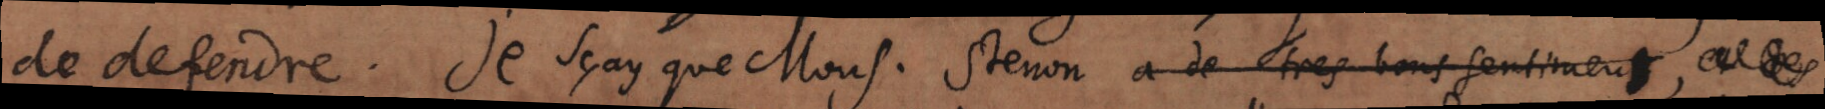
de defendre. Je sçay que Mons. Stenon a de tres bons sentiments,